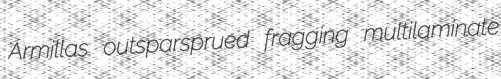
Armillas outsparsprued fragging multilaminate